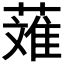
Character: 𬝴